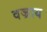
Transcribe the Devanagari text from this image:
वज्राय